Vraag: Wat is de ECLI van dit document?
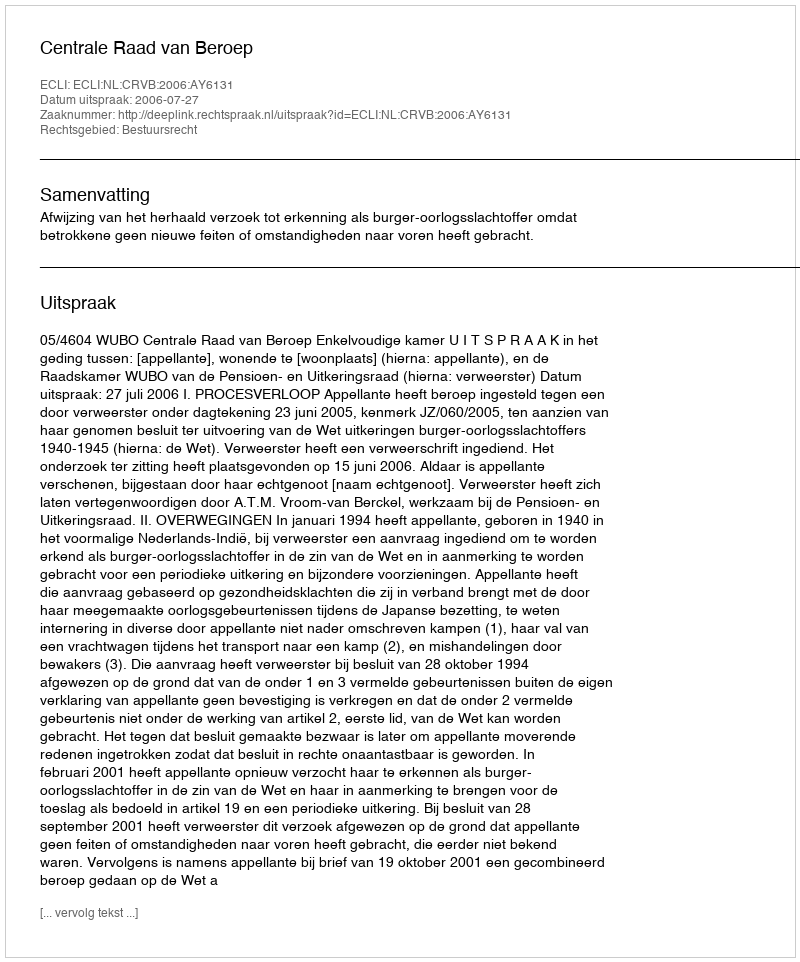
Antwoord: ECLI:NL:CRVB:2006:AY6131